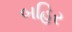
બહિર